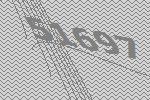
51697